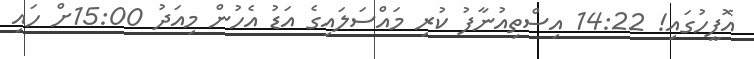
އޮފީހުގައި! 14:22 އިސްތިއުނާފު ކުރި މައްސަލައިގެ އަޑު އެހުން މިއަދު 15:00ށް ހައި